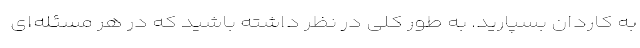
به کاردان بسپارید. به طور کلی در نظر داشته باشید که در هر مسئله­ای